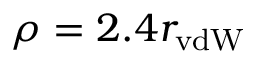
\rho = 2 . 4 r _ { \mathrm { v d W } }